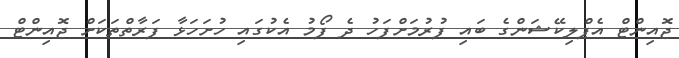
ޖޮއިންޓް އެޕްލިކޭޝަންގެ ބައި ފުރުމަށްފަހު ދެ ފޯމު އެކުގައި ހުށަހަޅާ ފަރާތްތަކަށް ޖޮއިންޓް